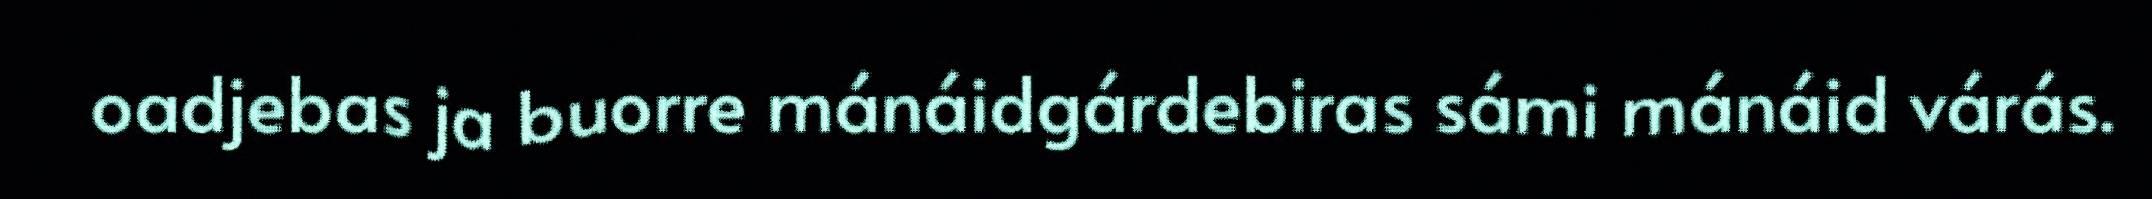
oadjebas ja buorre mánáidgárdebiras sámi mánáid várás.